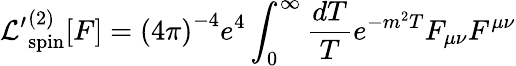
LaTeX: {\cal L^{\prime}}_{\mathrm{spin}}^{(2)}[F]={(4\pi)}^{-4}e^{4}\int_{0}^{\infty}{\frac{dT}{T}}e^{-m^{2}T}F_{\mu\nu}F^{\mu\nu}